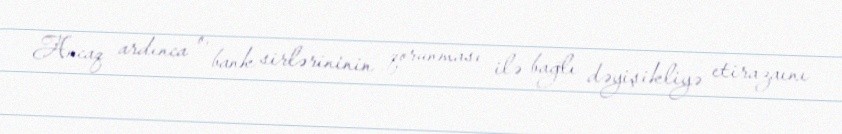
Ancaq ardınca o, bank sirlərininin qorunması ilə bağlı dəyişikliyə etirazaını